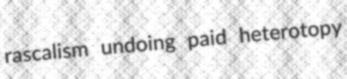
rascalism undoing paid heterotopy